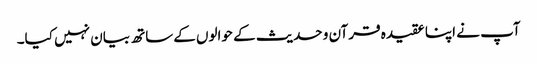
آپ نے اپنا عقیدہ قرآن و حدیث کے حوالوں کےساتھ بیان نہیں کیا۔